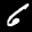
Label: 6